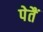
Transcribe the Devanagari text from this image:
पेतैं